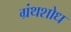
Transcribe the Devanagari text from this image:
ग्रंथशोध